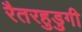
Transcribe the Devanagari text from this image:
रैतरहुडुगी